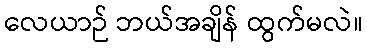
လေယာဉ် ဘယ်အချိန် ထွက်မလဲ။